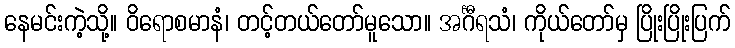
နေမင်းကဲ့သို့။ ဝိရောစမာနံ၊ တင့်တယ်တော်မူသော။ အင်္ဂီရသံ၊ ကိုယ်တော်မှ ပြိုးပြိုးပြက်